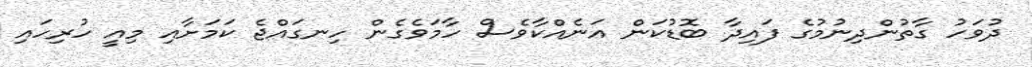
ދުވަހު ގާތުންދިނުމުގެ ފައިދާ ބޮޑުކަން އަނެއްކާވެސް ހާމަވެގެން ހިނގައްޖެ ކަމަށާއި މިއީ ހުރިހައި